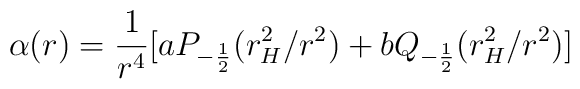
\alpha(r) = \frac{1}{r^4} [a P_{-\frac{1}{2}}(r_H^2/r^2) +   bQ_{-\frac{1}{2}}(r_H^2/r^2)]